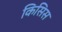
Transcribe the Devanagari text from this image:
किसिस